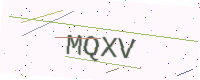
Text: MQXV